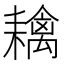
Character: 𦔟